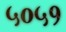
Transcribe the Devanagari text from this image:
५०५१